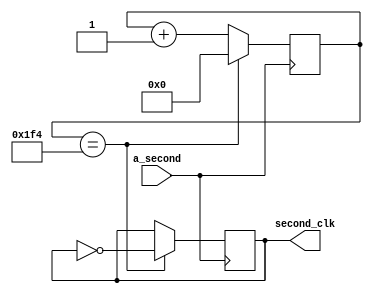
`timescale 1ns / 1ps
//////////////////////////////////////////////////////////////////////////////////
// Company: SDU
// 
// Design Name: counter_1s
// Module Name: counter_1s
// Project Name: 
// Target Devices: 
// Tool Versions: 
// Description: 
// 
// Dependencies: 
// 
// Revision:
// Revision 0.01 - File Created
// Additional Comments:
// 
//////////////////////////////////////////////////////////////////////////////////


module counter_1s(
        input a_second,
        output reg second_clk
    );

    reg [15:0] n;

    always @(posedge a_second)
    begin
        if(n == 16'd500) begin
            n <= 16'd0;
        end
        else begin
            n <= n + 16'd1;
        end
    end

    always @(posedge a_second)
    begin
        if(n == 16'd500) begin
            second_clk <= ~second_clk;
        end
        else begin
            second_clk <= second_clk;
        end
    end

endmodule